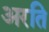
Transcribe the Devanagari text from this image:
अरति